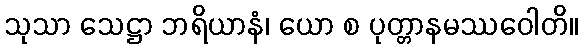
သုသာ သေဋ္ဌာ ဘရိယာနံ၊ ယော စ ပုတ္တာနမဿဝေါတိ။